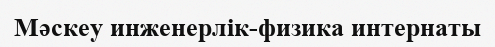
Мәскеу инженерлік-физика интернаты